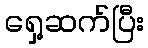
ရှေ့ဆက်ပြီး